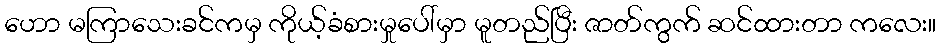
ဟော မကြာသေးခင်ကမှ ကိုယ့်ခံစားမှုပေါ်မှာ မူတည်ပြီး ဇာတ်ကွက် ဆင်ထားတာ ကလေး။